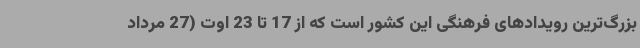
بزرگ‌ترین رویدادهای فرهنگی این کشور است که از 17 تا 23 اوت (27 مرداد